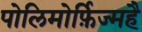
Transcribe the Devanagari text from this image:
पोलिमोर्फ़िज्महै